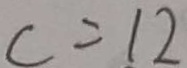
c = 1 2